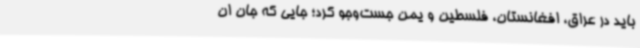
باید در عراق، افغانستان، فلسطین و یمن جست‌وجو کرد؛ جایی که جان ان